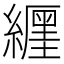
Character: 𦆑